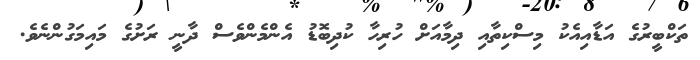
ތަކްބީރުގެ އަޑާއިއެކު މިސްކިތާއި ދިމާއަށް ހުރިހާ ކުދިބޮޑު އެންމެންވެސް ދާނީ ރަށުގެ މައިމަގުންނެވެ.